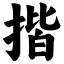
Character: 揩